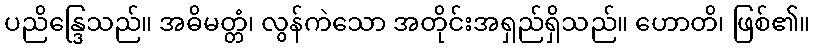
ပညိန္ဒြေသည်။ အဓိမတ္တံ၊ လွန်ကဲသော အတိုင်းအရှည်ရှိသည်။ ဟောတိ၊ ဖြစ်၏။